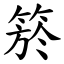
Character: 箊